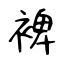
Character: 裨